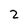
Character: 2